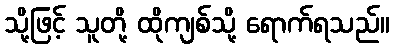
သို့ဖြင့် သူတို့ ထိုကျစ်သို့ ရောက်ရသည်။